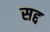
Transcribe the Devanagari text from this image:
सद्द